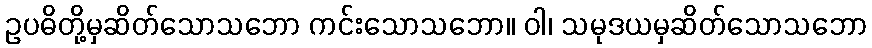
ဥပဓိတို့မှဆိတ်သောသဘော ကင်းသောသဘော။ ဝါ၊ သမုဒယမှဆိတ်သောသဘော